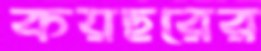
কয়ছরের